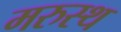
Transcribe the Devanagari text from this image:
मरुस्थ